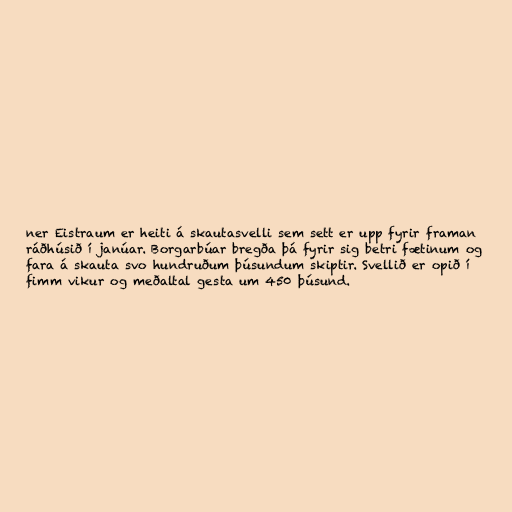
ner Eistraum er heiti á skautasvelli sem sett er upp fyrir framan
ráðhúsið í janúar. Borgarbúar bregða þá fyrir sig betri fætinum og
fara á skauta svo hundruðum þúsundum skiptir. Svellið er opið í
fimm vikur og meðaltal gesta um 450 þúsund.